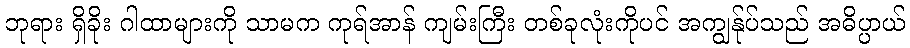
ဘုရား ရှိခိုး ဂါထာများကို သာမက ကုရ်အာန် ကျမ်းကြီး တစ်ခုလုံးကိုပင် အကျွန်ုပ်သည် အဓိပ္ပာယ်